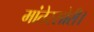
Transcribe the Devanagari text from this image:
मांतेस्सोरी।